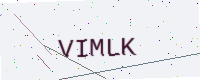
Text: VIMLK